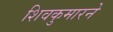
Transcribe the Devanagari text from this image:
शिवकुमारने